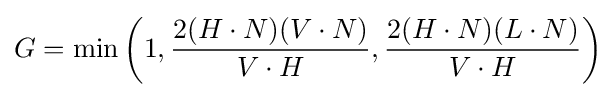
G=\min {\left(1,{\frac {2(H\cdot N)(V\cdot N)}{V\cdot H}},{\frac {2(H\cdot N)(L\cdot N)}{V\cdot H}}\right)}